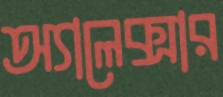
অ্যালেক্সার